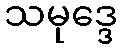
သမုဒ္ဒေ